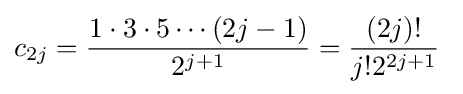
c_{2j}={\frac {1\cdot 3\cdot 5\cdots (2j-1)}{2^{j+1}}}={\frac {(2j)!}{j!2^{2j+1}}}\